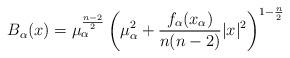
LaTeX: \begin{align*}B_\alpha(x)=\mu_\alpha^{\frac{n-2}{2}}\left(\mu_\alpha^2+\frac{f_\alpha(x_\alpha)}{n(n-2)}\vert x\vert^2\right)^{1-\frac{n}{2}}\end{align*}